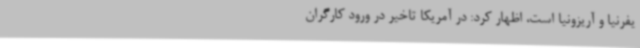
یفرنیا و آریزونیا است، اظهار کرد: در آمریکا تاخیر در ورود کارگران